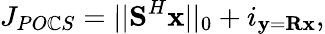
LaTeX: J_{PO\mathbb{C}S}=||\textbf{{S}}^{H}\textbf{{x}}||_{0}+i_{\textbf{{y}}=\textbf{{R}}\textbf{{x}}},